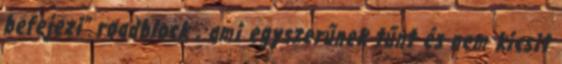
befejezi” roadblock , ami egyszerűnek tűnt és nem kicsit